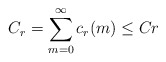
\begin{align*}C_{r}=\sum_{m=0}^{\infty}c_{r}(m)\leq Cr\end{align*}